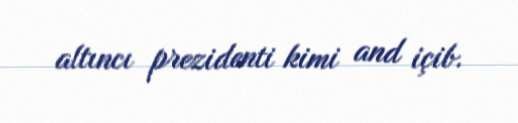
altıncı prezidenti kimi and içib.